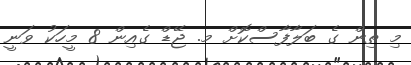
މި ތިން ގެ ބަލާފާސްކޮށް މ. ޖޭޑް ގެއިން 8 މީހަކު ވަނީ